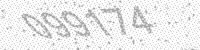
Solution: 099174